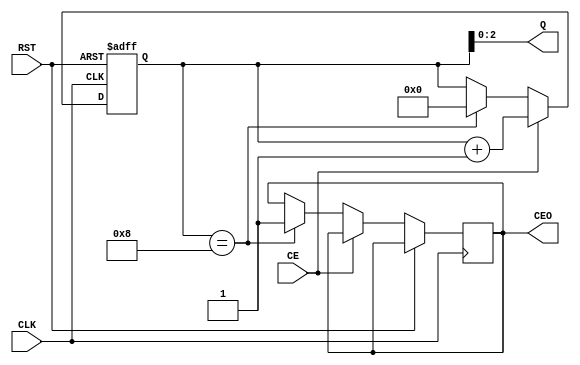
`timescale 1ns / 1ps
module COL_COUNTER(
	input CLK, CE, RST,
	output CEO, output[2:0] Q
    );
parameter [3:0] CNTR_WIDTH = 4;
parameter [3:0] MAX = 8;
reg [CNTR_WIDTH - 1:0] CNT;
reg DONE;
assign Q = CNT;
assign CEO = DONE;

always @ (posedge CLK, posedge RST) begin
	if(RST) CNT <= {CNTR_WIDTH{1'b0}};
	else if(CE) CNT <= CNT + 1; 
	
	else if(CNT == MAX)begin
		DONE <= 1;
		CNT <= 0;
	end
end

endmodule